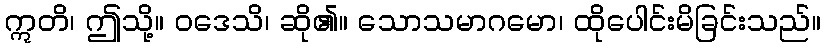
ဣတိ၊ ဤသို့။ ဝဒေသိ၊ ဆို၏။ သောသမာဂမော၊ ထိုပေါင်းမိခြင်းသည်။